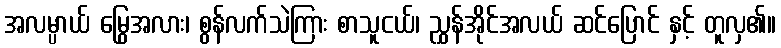
အလမ္ပာယ် မြွေအလား၊ စွန်လက်သဲကြား စာသူငယ်၊ ညွှန်အိုင်အလယ် ဆင်ပြောင် နှင့် တူလှ၏။